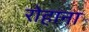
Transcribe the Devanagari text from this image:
रोहाना